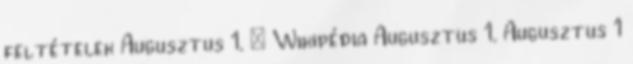
feltételek Augusztus 1. – Wikipédia Augusztus 1. Augusztus 1